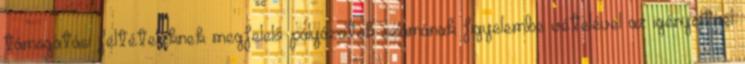
támogatási feltételeknek megfelelő pályázatok számának figyelembe vételével az igényeltnél